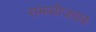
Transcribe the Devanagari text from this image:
समाधीजवळ